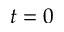
t = 0